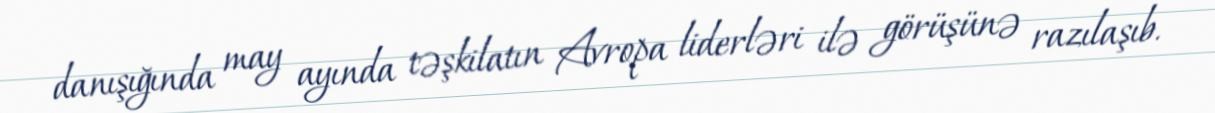
danışığında may ayında təşkilatın Avropa liderləri ilə görüşünə razılaşıb.